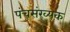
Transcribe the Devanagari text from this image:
पंचसंख्यक